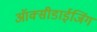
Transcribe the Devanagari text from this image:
ऑक्सीडाईजिंग